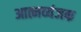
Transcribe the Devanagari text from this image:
आत्मव्यंजक